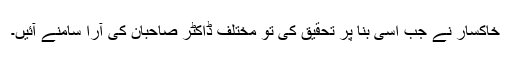
خاکسار نے جب اسی بنا پر تحقیق کی تو مختلف ڈاکٹر صاحبان کی آرا سامنے آئیں۔